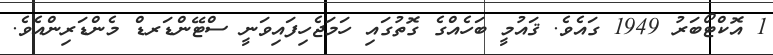
1 އޮކްޓޯބަރު 1949 ގައެވެ. ޤައުމީ ބަހެއްގެ ގޮތުގައި ހަމަޖެހިފައިވަނީ ސްޓޭންޑަރޑް މެންޑަރިންއެވެ.